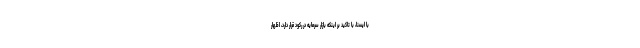
با ایسنا، با تاکید بر اینکه بازار سرمایه در رکود قرار دارد، اظهار